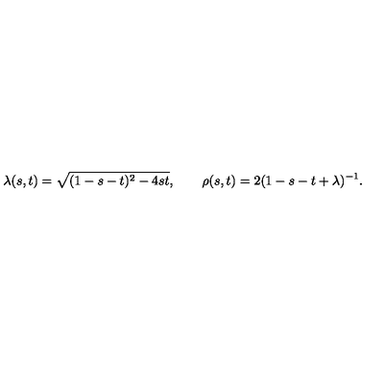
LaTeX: \lambda ( s , t ) = \sqrt { ( 1 - s - t ) ^ { 2 } - 4 s t } , \qquad \rho ( s , t ) = 2 ( 1 - s - t + \lambda ) ^ { - 1 } .